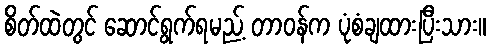
စိတ်ထဲတွင် ဆောင်ရွက်ရမည့် တာဝန်က ပုံစံချထားပြီးသား။